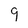
Character: 9